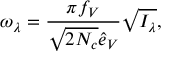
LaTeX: \omega _ { \lambda } = { \frac { \pi f _ { V } } { \sqrt { 2 N _ { c } } \hat { e } _ { V } } } \sqrt { I _ { \lambda } } ,